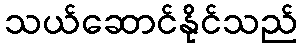
သယ်ဆောင်နိုင်သည်